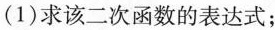
(1)求该二次函数的表达式；